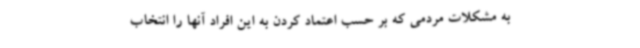
به مشکلات مردمی که بر حسب اعتماد کردن به این افراد آنها را انتخاب